Report on horse surra - Volume II, Part II
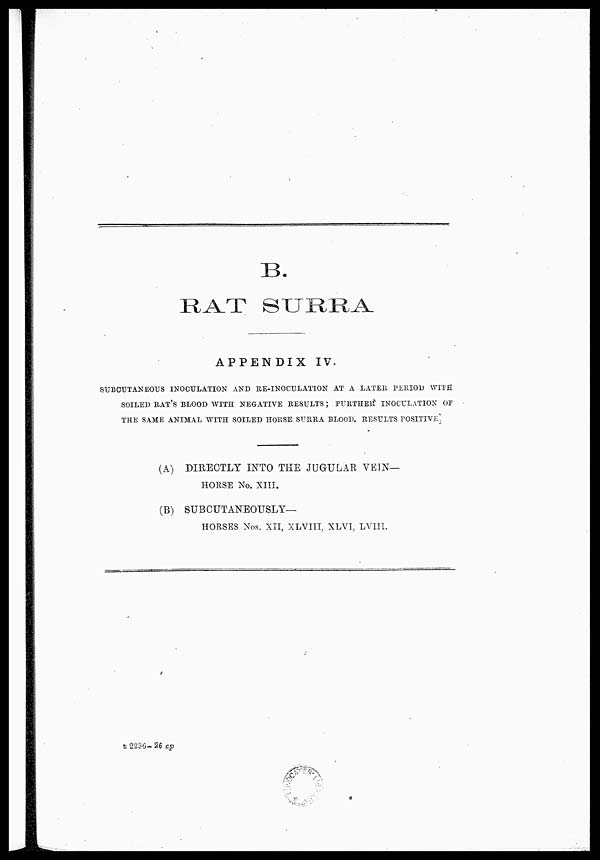
B.
RAT
SURRA
APPENDIX IV.
SUBCUTANEOUS INOCULATION AND RE-INOCULATION AT A LATER PERIOD WITH
SOILED RAT'S BLOOD WITH NEGATIVE RESULTS ; FURTHER INOCULATION OF
THE SAME ANIMAL WITH SOILED HORSE SURRA BLOOD. RESULTS POSITIVE
(A) DIRECTLY INTO THE JUGULAR VEIN-
HORSE No. XIII.
(B) SUBCUTANEOUSLY—
HORSES Nos. XII, XLVIII, XLVI, LVIII.
B 2236- 26 ap